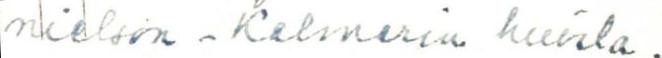
nielson-Kalmarin huvila .